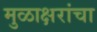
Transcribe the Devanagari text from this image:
मुळाक्षरांचा